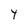
Character: Y